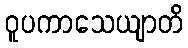
ဝူပကာသေယျာတိ